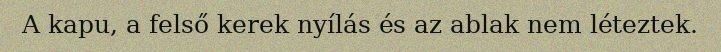
A kapu, a felső kerek nyílás és az ablak nem léteztek.